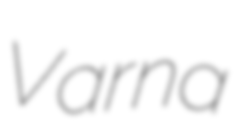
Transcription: Varna